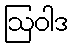
ဩဝါဒ